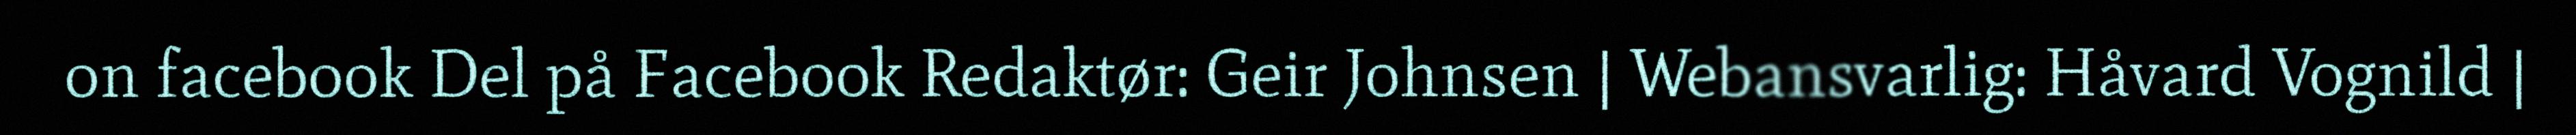
on facebook Del på Facebook Redaktør: Geir Johnsen | Webansvarlig: Håvard Vognild |